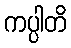
ကပ္ပါတိ